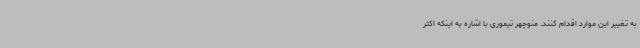
به تغییر این موارد اقدام کنند. منوچهر تیموری با اشاره به اینکه اکثر